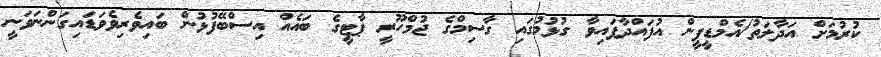
ކުރުމަށް އަދާލަތު/އެމްޑީޕީން އުފައްދާފައިވާ ގުޅުމުގައި ގާސިމްގެ ޖުމްހޫރީ ޕާޓީގެ ބައެއް އިސްބޭފުޅުން ބައިވެރިވެވަޑައިގަންނަވަނީ